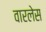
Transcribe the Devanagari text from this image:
वारलेस